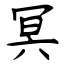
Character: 冥